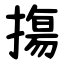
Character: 摥